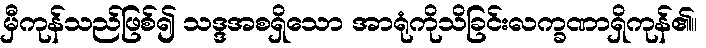
မှီကုန်သည်ဖြစ်၍ သဒ္ဒအစရှိသော အာရုံကိုသိခြင်းလက္ခဏာရှိကုန်၏။